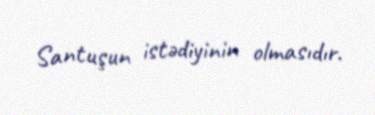
Santuşun istədiyinin olmasıdır.